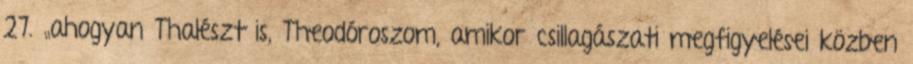
27. „ahogyan Thalészt is, Theodóroszom, amikor csillagászati megfigyelései közben